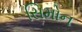
સિમોન